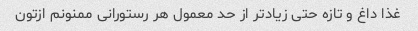
غذا داغ و تازه حتی زیاد‌تر از حد معمول هر رستورانی ممنونم ازتون